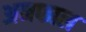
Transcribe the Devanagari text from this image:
अनफाल